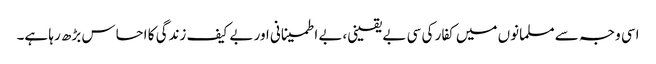
اسی وجہ سے مسلمانوں میں کفار کی سی بے یقینی،بے اطمینانی اور بے کیف زندگی کا احساس بڑھ رہا ہے۔